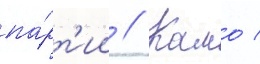
па́рт'ии // Камо /